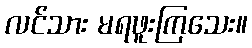
လင်သား မရဖူးကြသေး။